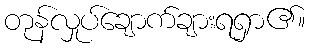
တုန်လှုပ်ချောက်ချားရရှာ၏။